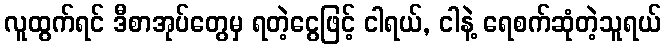
လူထွက်ရင် ဒီစာအုပ်တွေမှ ရတဲ့ငွေဖြင့် ငါရယ်, ငါနဲ့ ရေစက်ဆုံတဲ့သူရယ်